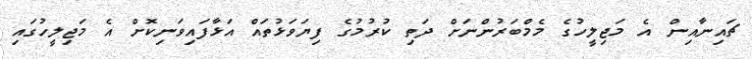
ޗައިނާއިން އެ މަޖިލީހުގެ މެމްބަރުންނަށް ދަތި ކުރުމުގެ ފިޔަވަޅުތައް އަޅާފައިވަނިކޮށް އެ މަޖިލީހުގައި